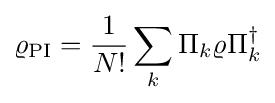
\varrho _{\rm {PI}}={\frac {1}{N!}}\sum _{k}\Pi _{k}\varrho \Pi _{k}^{\dagger }